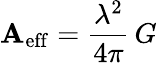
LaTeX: \mathbf{A}_{\mathrm{{eff}}}={\frac{{\lambda^{2}}}{{4\pi}}}\, G